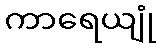
ကာရေယျုံ